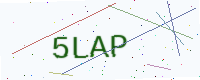
Text: 5LAP